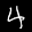
Label: 4